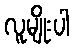
လူမျိုးပါ